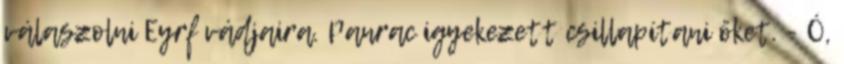
válaszolni Eyrf vádjaira. Panrac igyekezett csillapítani őket. - Ó,